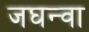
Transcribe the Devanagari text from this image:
जघन्वा